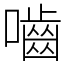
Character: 嚙